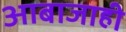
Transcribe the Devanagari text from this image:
आबाजाही